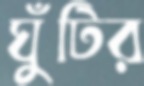
ঘুঁটির